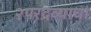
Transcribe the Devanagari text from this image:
२परद्रव्याचा